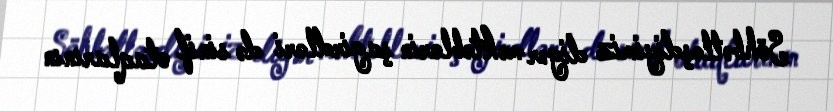
Söhbətləşdiyimiz digər məktəblərin şagirdləri də sinif otaqlarının